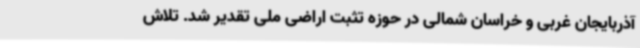
آذربایجان غربی و خراسان شمالی در حوزه تثبت اراضی ملی تقدیر شد. تلاش